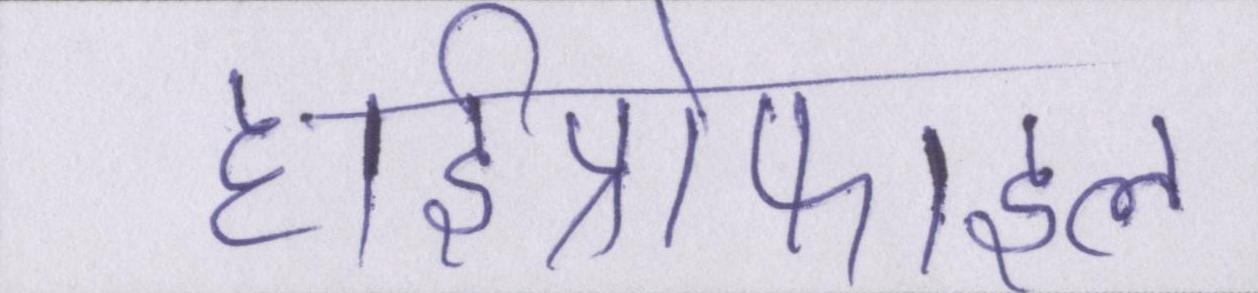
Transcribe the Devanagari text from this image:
हाईप्रोफाइल